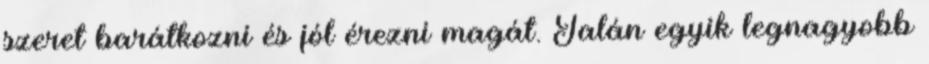
szeret barátkozni és jól érezni magát. Talán egyik legnagyobb